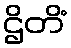
ဌိတိံ